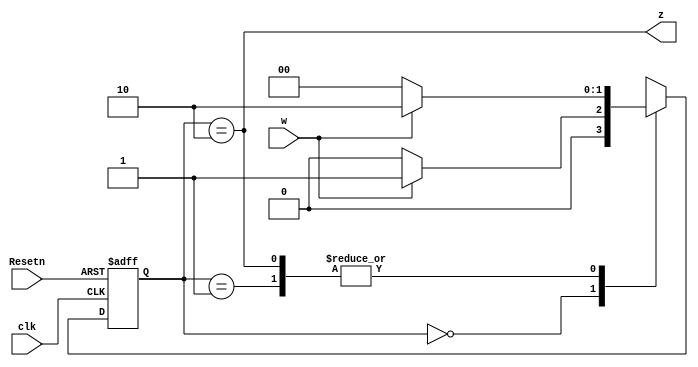
module Test_Moore (clk, Resetn, w, z);

input clk, Resetn, w;
output z;
reg [2:1] y, Y;
parameter [2:1] A = 2'b00, B = 2'b01, C = 2'b10; 

always @(w, y)
  case (y)
      A: if (w) Y = B;
         else Y = A;
      B: if (w) Y = C;
         else Y = A;
      C: if (w) Y = C;
         else Y = A;
      default: Y = 2'bxx;
  endcase
  
always @(negedge Resetn, posedge clk)  
       if (Resetn == 0) y <= A;
       else y<=Y;
       
assign z = (y == C);

endmodule